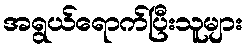
အရွယ်ရောက်ပြီးသူများ